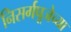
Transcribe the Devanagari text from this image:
निसर्गपूजेच्या